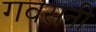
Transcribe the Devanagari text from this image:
गवसनी